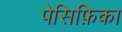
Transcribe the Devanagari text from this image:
पेसिफ़िका